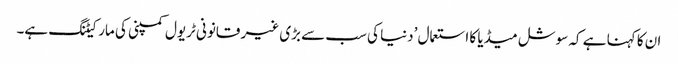
ان کا کہنا ہے کہ سوشل میڈیا کا استعمال ’دنیا کی سب سے بڑی غیر قانونی ٹریول کمپنی کی مارکیٹنگ ہے۔